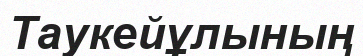
Таукейұлының